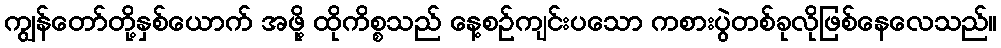
ကျွန်တော်တို့နှစ်ယောက် အဖို့ ထိုကိစ္စသည် နေ့စဉ်ကျင်းပသော ကစားပွဲတစ်ခုလိုဖြစ်နေလေသည်။